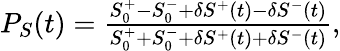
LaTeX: \begin{array}{r}{P_{S}(t)=\frac{S_{0}^{+}-S_{0}^{-}+\delta S^{+}(t)-\delta S^{-}(t)}{S_{0}^{+}+S_{0}^{-}+\delta S^{+}(t)+\delta S^{-}(t)},}\end{array}